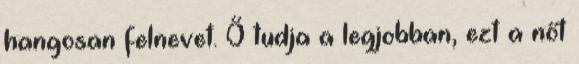
hangosan felnevet. Ő tudja a legjobban, ezt a nőt